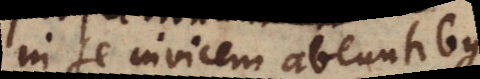
in se invicem abeuntibus,